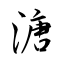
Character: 溏